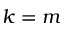
k = m